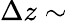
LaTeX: \Delta z\sim